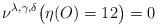
LaTeX: \begin{align*}\nu^{\lambda,\gamma,\delta}\big(\eta(O)=12\big)=0\end{align*}